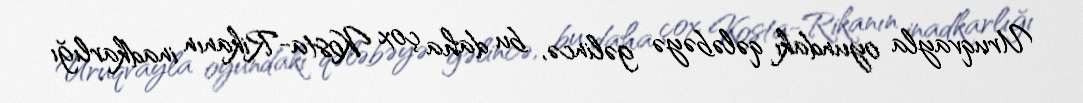
Uruqvayla oyundakı qələbəyə gəlincə, bu daha çox Kosta-Rikanın inadkarlığı